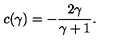
c ( \gamma ) = - { \frac { 2 \gamma } { \gamma + 1 } } .